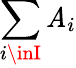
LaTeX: \sum_{i\inI}\mathit{A}_{i}